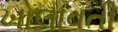
ખોલાવતી